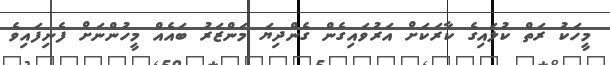
މީހަކު ރަތް ކުލައިގެ ކާރަކަށް އަރުވައިގެން ގެންދިޔަ މަންޒަރު ބައެއް މީހުންނަށް ފެނިފައިވެ